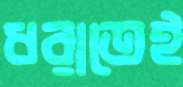
ধরাতেই